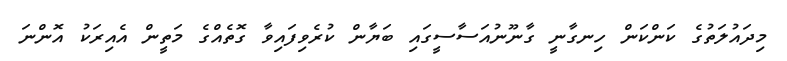
މިދައުލަތުގެ ކަންކަން ހިނގާނީ ގާނޫނުއަސާސީގައި ބަޔާން ކުރެވިފައިވާ ގޮތެއްގެ މަތީން އެއިރަކު އޮންނަ